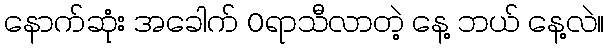
နောက်ဆုံး အခေါက် 0ရာသီလာတဲ့ နေ့ ဘယ် နေ့လဲ။